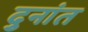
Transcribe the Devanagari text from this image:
दुनांत